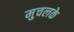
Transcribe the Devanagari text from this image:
मुचलके